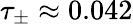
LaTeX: \tau_{\pm}\approx 0.042